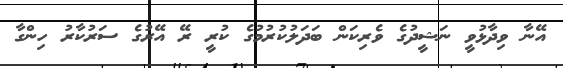
އޭނާ ވިދާޅުވީ ނަޝީދުގެ ވެރިކަން ބަދަލުކުރުމުގެ ކުރީ ރޭ އޭރުގެ ސަރުކާރު ހިންގާ